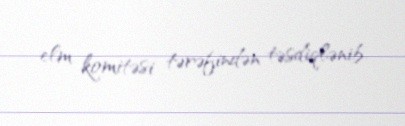
elm komitəsi tərəfindən təsdiqlənib.